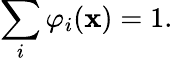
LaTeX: \sum_{i}\varphi_{i}(\mathbf{x})=1.